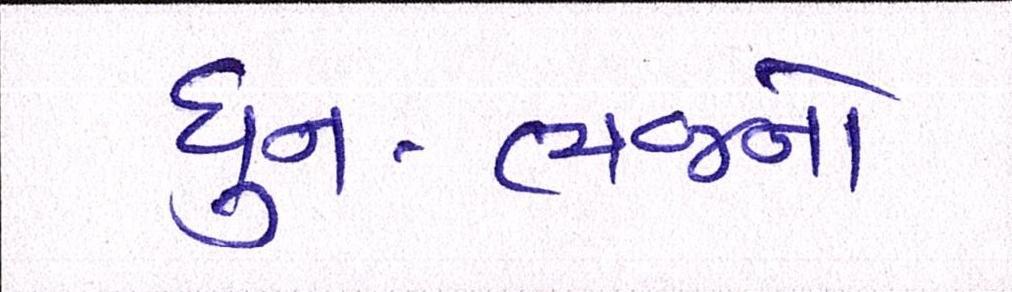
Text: ધુન-ભજનો